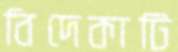
বিদেকাটি